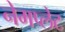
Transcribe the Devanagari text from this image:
नेमप्‍लेट